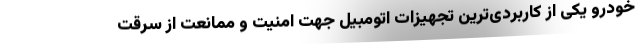
خودرو یکی از کاربردی‌ترین تجهیزات اتومبیل جهت امنیت و ممانعت از سرقت